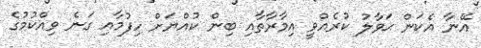
އޭނާ އެކަން ޙަވާލު ކުރެއްވީ އިމާރާތާއި ބިން ކުއްޔަށް ހިފުމާއި ގަނެ ވިއްކުމުގެ